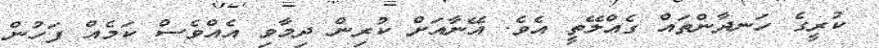
ކުރީގެ ހަނދާންތައް ގެއްލޭތީ އެވެ. އޭނާއަށް ކުރިން ދިމާވި އެއްވެސް ކަމެއް ފަހުން